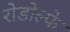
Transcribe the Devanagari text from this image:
रोडोल्फे